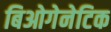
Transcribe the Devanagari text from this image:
बिओगेनेटिक